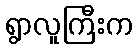
ရွာလူကြီးက